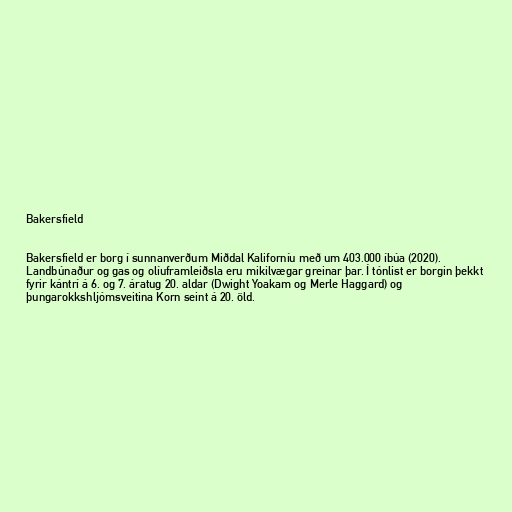
Bakersfield

Bakersfield er borg í sunnanverðum Miðdal Kaliforníu með um 403.000 íbúa (2020).
Landbúnaður og gas og olíuframleiðsla eru mikilvægar greinar þar. Í tónlist er borgin þekkt
fyrir kántrí á 6. og 7. áratug 20. aldar (Dwight Yoakam og Merle Haggard) og
þungarokkshljómsveitina Korn seint á 20. öld.